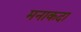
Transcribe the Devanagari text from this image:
मनाकदा